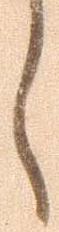
し